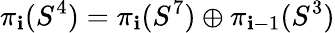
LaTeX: \pi_{\mathbf{i}}(S^{4})=\pi_{\mathbf{i}}(S^{7})\oplus\pi_{\mathbf{i}-1}(S^{3})